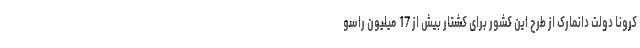
کرونا دولت دانمارک از طرح این کشور برای کشتار بیش از 17 میلیون راسو